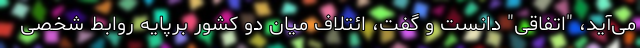
می‌آید، "اتفاقی" دانست و گفت، ائتلاف میان دو کشور برپایه روابط شخصی